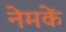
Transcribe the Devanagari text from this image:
नेमकें